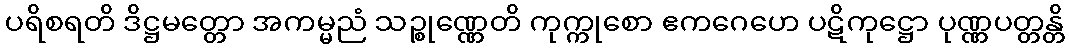
ပရိစရတိ ဒိဋ္ဌမတ္တော အကမ္မညံ သဉ္စုဏ္ဏေတိ ကုက္ကုစော ဧကဂေဟေ ပဋိကုဋ္ဌော ပုဏ္ဏပတ္တန္တိ